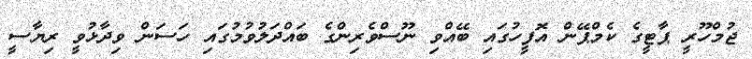
ޖުމްހޫރީ ޕާޓީގެ ކެމްޕޭން އޮފީހުގައި ބޭއްވި ނޫސްވެރިންގެ ބައްދަލުވުމުގައި ހަސަން ވިދާޅުވީ ރިޔާސީ